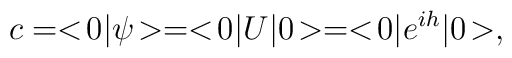
c = <\!0|\psi\!> = <\!0|U|0\!> = <\!0|e^{ih}|0\!>,